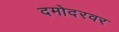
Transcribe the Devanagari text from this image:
दमोदरवर